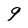
Character: 9